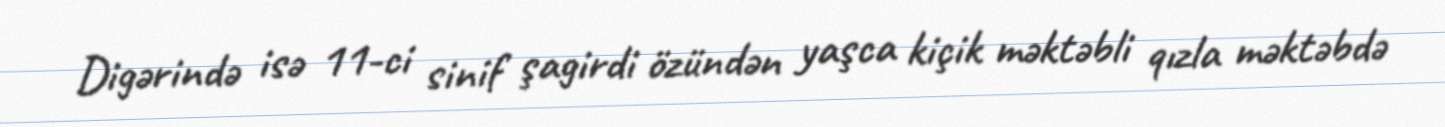
Digərində isə 11-ci sinif şagirdi özündən yaşca kiçik məktəbli qızla məktəbdə